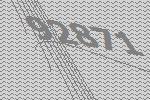
92871